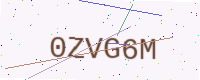
Text: 0ZVG6M